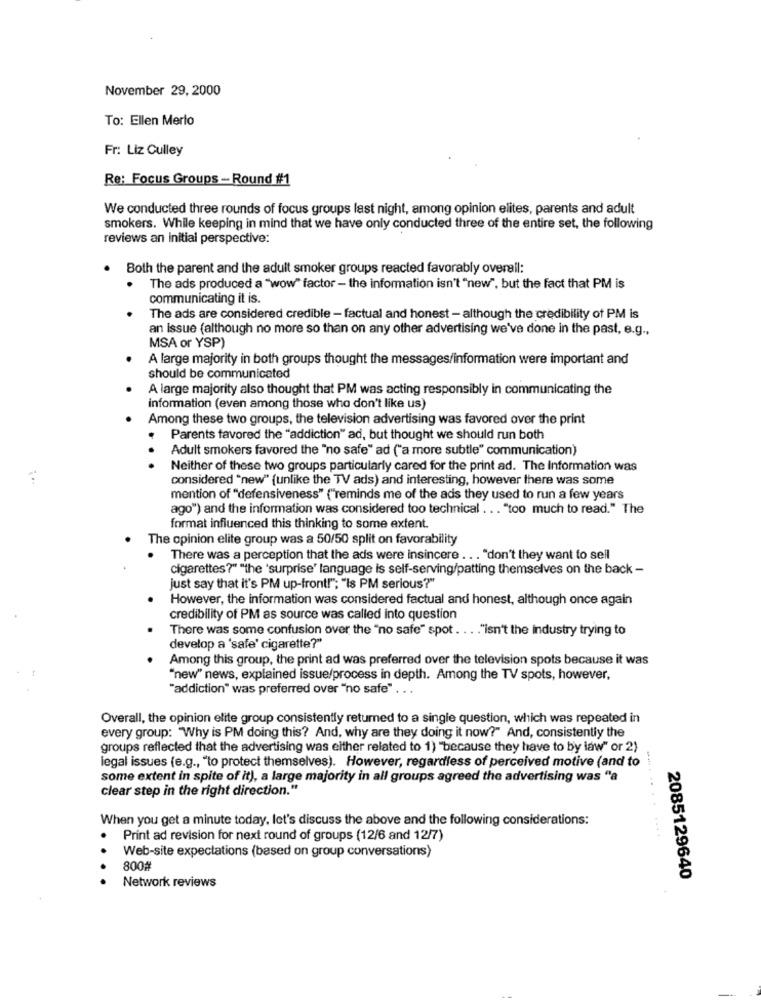
November 29, 2000
To: Ellen Merlo
Fr: Liz Culley
Re: Focus Groups - Round #1
We conducted three rounds of focus groups last night, among opinion elites, parents and adult
smokers. While keeping in mind that we have only conducted three of the entire set, the following
reviews an initial perspective:
Both the parent and the adult smoker groups reacted favorably overall:
The ads produced a "wow" factor - the information isn't "new", but the fact that PM is
communicating it is.
The ads are considered credible - factual and honest - although the credibility of PM is
an issue (although no more so than on any other advertising we've done in the past, e.g .,
MSA or YSP)
A large majority in both groups thought the messages/information were important and
should be communicated
A large majority also thought that PM was acting responsibly in communicating the
information (even among those who don't like us)
Among these two groups, the television advertising was favored over the print
. Parents favored the "addiction" ad, but thought we should run both
.
Adult smokers favored the "no safe" ad ("a more subtle" communication)
Neither of these two groups particularly cared for the print ad. The Information was
considered "new" {unlike the TV ads) and interesting, however there was some
mention of "defensiveness" ("reminds me of the ads they used to run a few years
ago") and the information was considered too technical ... "too much to read." The
format influenced this thinking to some extent.
The opinion elite group was a 50/50 split on favorability
There was a perception that the ads were insincere ... "don't they want to sell
cigarettes?" "the 'surprise' language is self-serving/patting themselves on the back -
just say that it's PM up-front!"; "Is PM serious?"
However, the information was considered factual and honest, although once again
credibility of PM as source was called into question
There was some confusion over the "no safe" spot .... "isn't the industry trying to
develop a 'safe' cigarette?"
Among this group, the print ad was preferred over the television spots because it was
"new" news, explained issue/process in depth. Among the TV spots, however,
"addiction" was preferred over "no safe".
Overall, the opinion elite group consistently returned to a single question, which was repeated in
every group: "Why is PM doing this? And, why are they doing it now?" And, consistently the
groups reflected that the advertising was either related to 1) "because they have to by law" or 2)
legal issues (e.g ., "to protect themselves). However, regardless of perceived motive (and to
some extent in spite of it), a large majority in all groups agreed the advertising was "a
clear step in the right direction."
When you get a minute today, let's discuss the above and the following considerations:
Print ad revision for next round of groups (12/6 and 12/7)
Web-site expectations (based on group conversations)
800#
2085129640
Network reviews